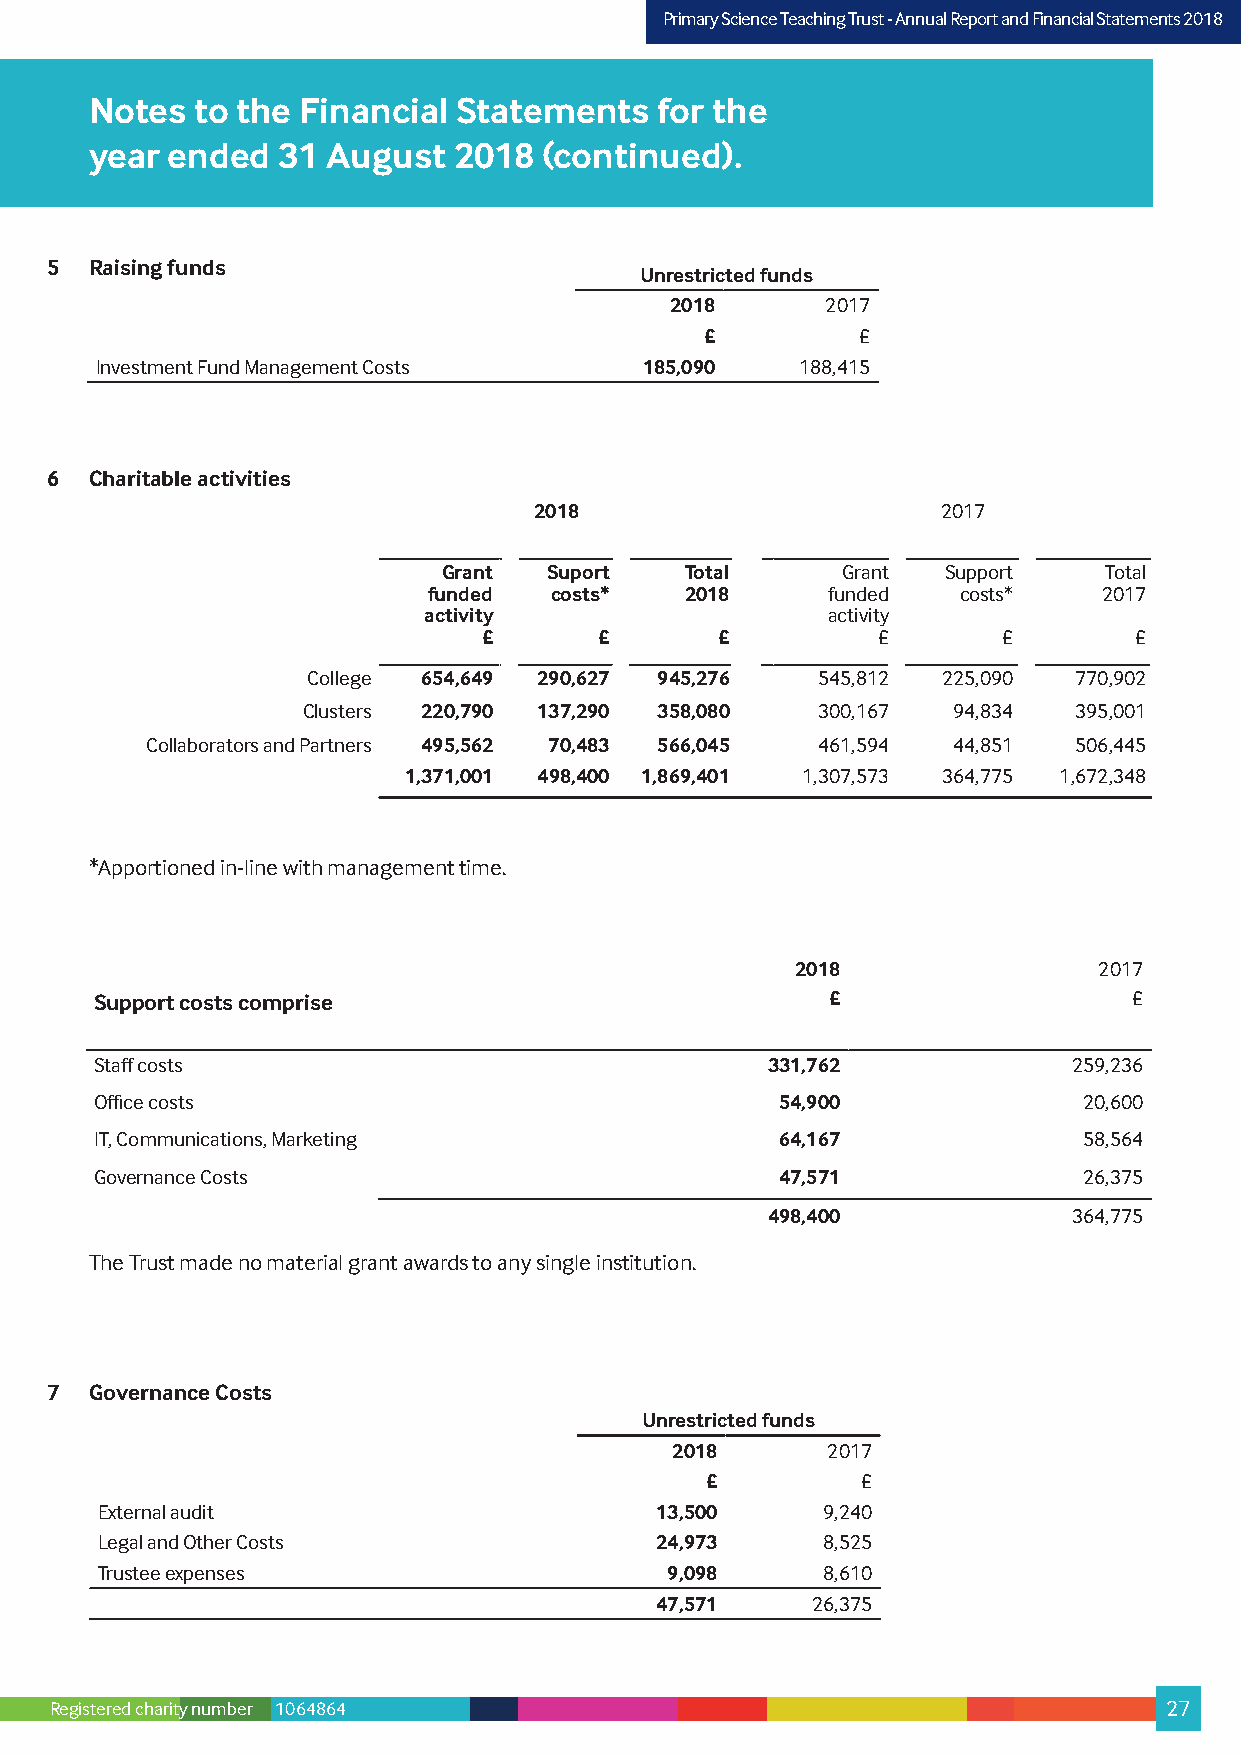
PPrriimmaarryy SScciieennccee TTeeaacchhiinngg TTrruusstt –- AAnnnnuuaall RReeppoorrtt aanndd FFiinnaanncciiaall SSttaatteemmeennttss 22001178
 Notes  to the Financial Statements    for the
 year ended  31  August  2018  (continued).
 5  Raising funds
 Unrestricted funds
 2018       2017
 £         £
 Investment Fund Management Costs     185,090   188,415
 6  Charitable activities
 2018                       2017
 Grant  Suport   Total      Grant  Support   Total
 funded  costs*   2018      funded  costs*    2017
 activity                   activity
 £       £       £         £       £        £
 College 654,649 290,627 945,276   545,812 225,090  770,902
 Clusters 220,790 137,290 358,080  300,167  94,834  395,001
 Collaborators and Partners 495,562 70,483 566,045 461,594 44,851 506,445
 1,371,001 498,400 1,869,401 1,307,573 364,775 1,672,348
 *Apportioned in-line with management time.
 2018                2017
 Support costs comprise                           £                   £
 Staff costs                                  331,762             259,236
 Office costs                                  54,900              20,600
 IT, Communications, Marketing                 64,167              58,564
 Governance Costs                              47,571              26,375
 498,400             364,775
 The Trust made no material grant awards to any single institution.
 7  Governance Costs
 Unrestricted funds
 2018       2017
 £         £
 External audit                       13,500     9,240
 Legal and Other Costs                24,973     8,525
 Trustee expenses                      9,098     8,610
 47,571     26,375
 Registered charity number 1064864                                         27